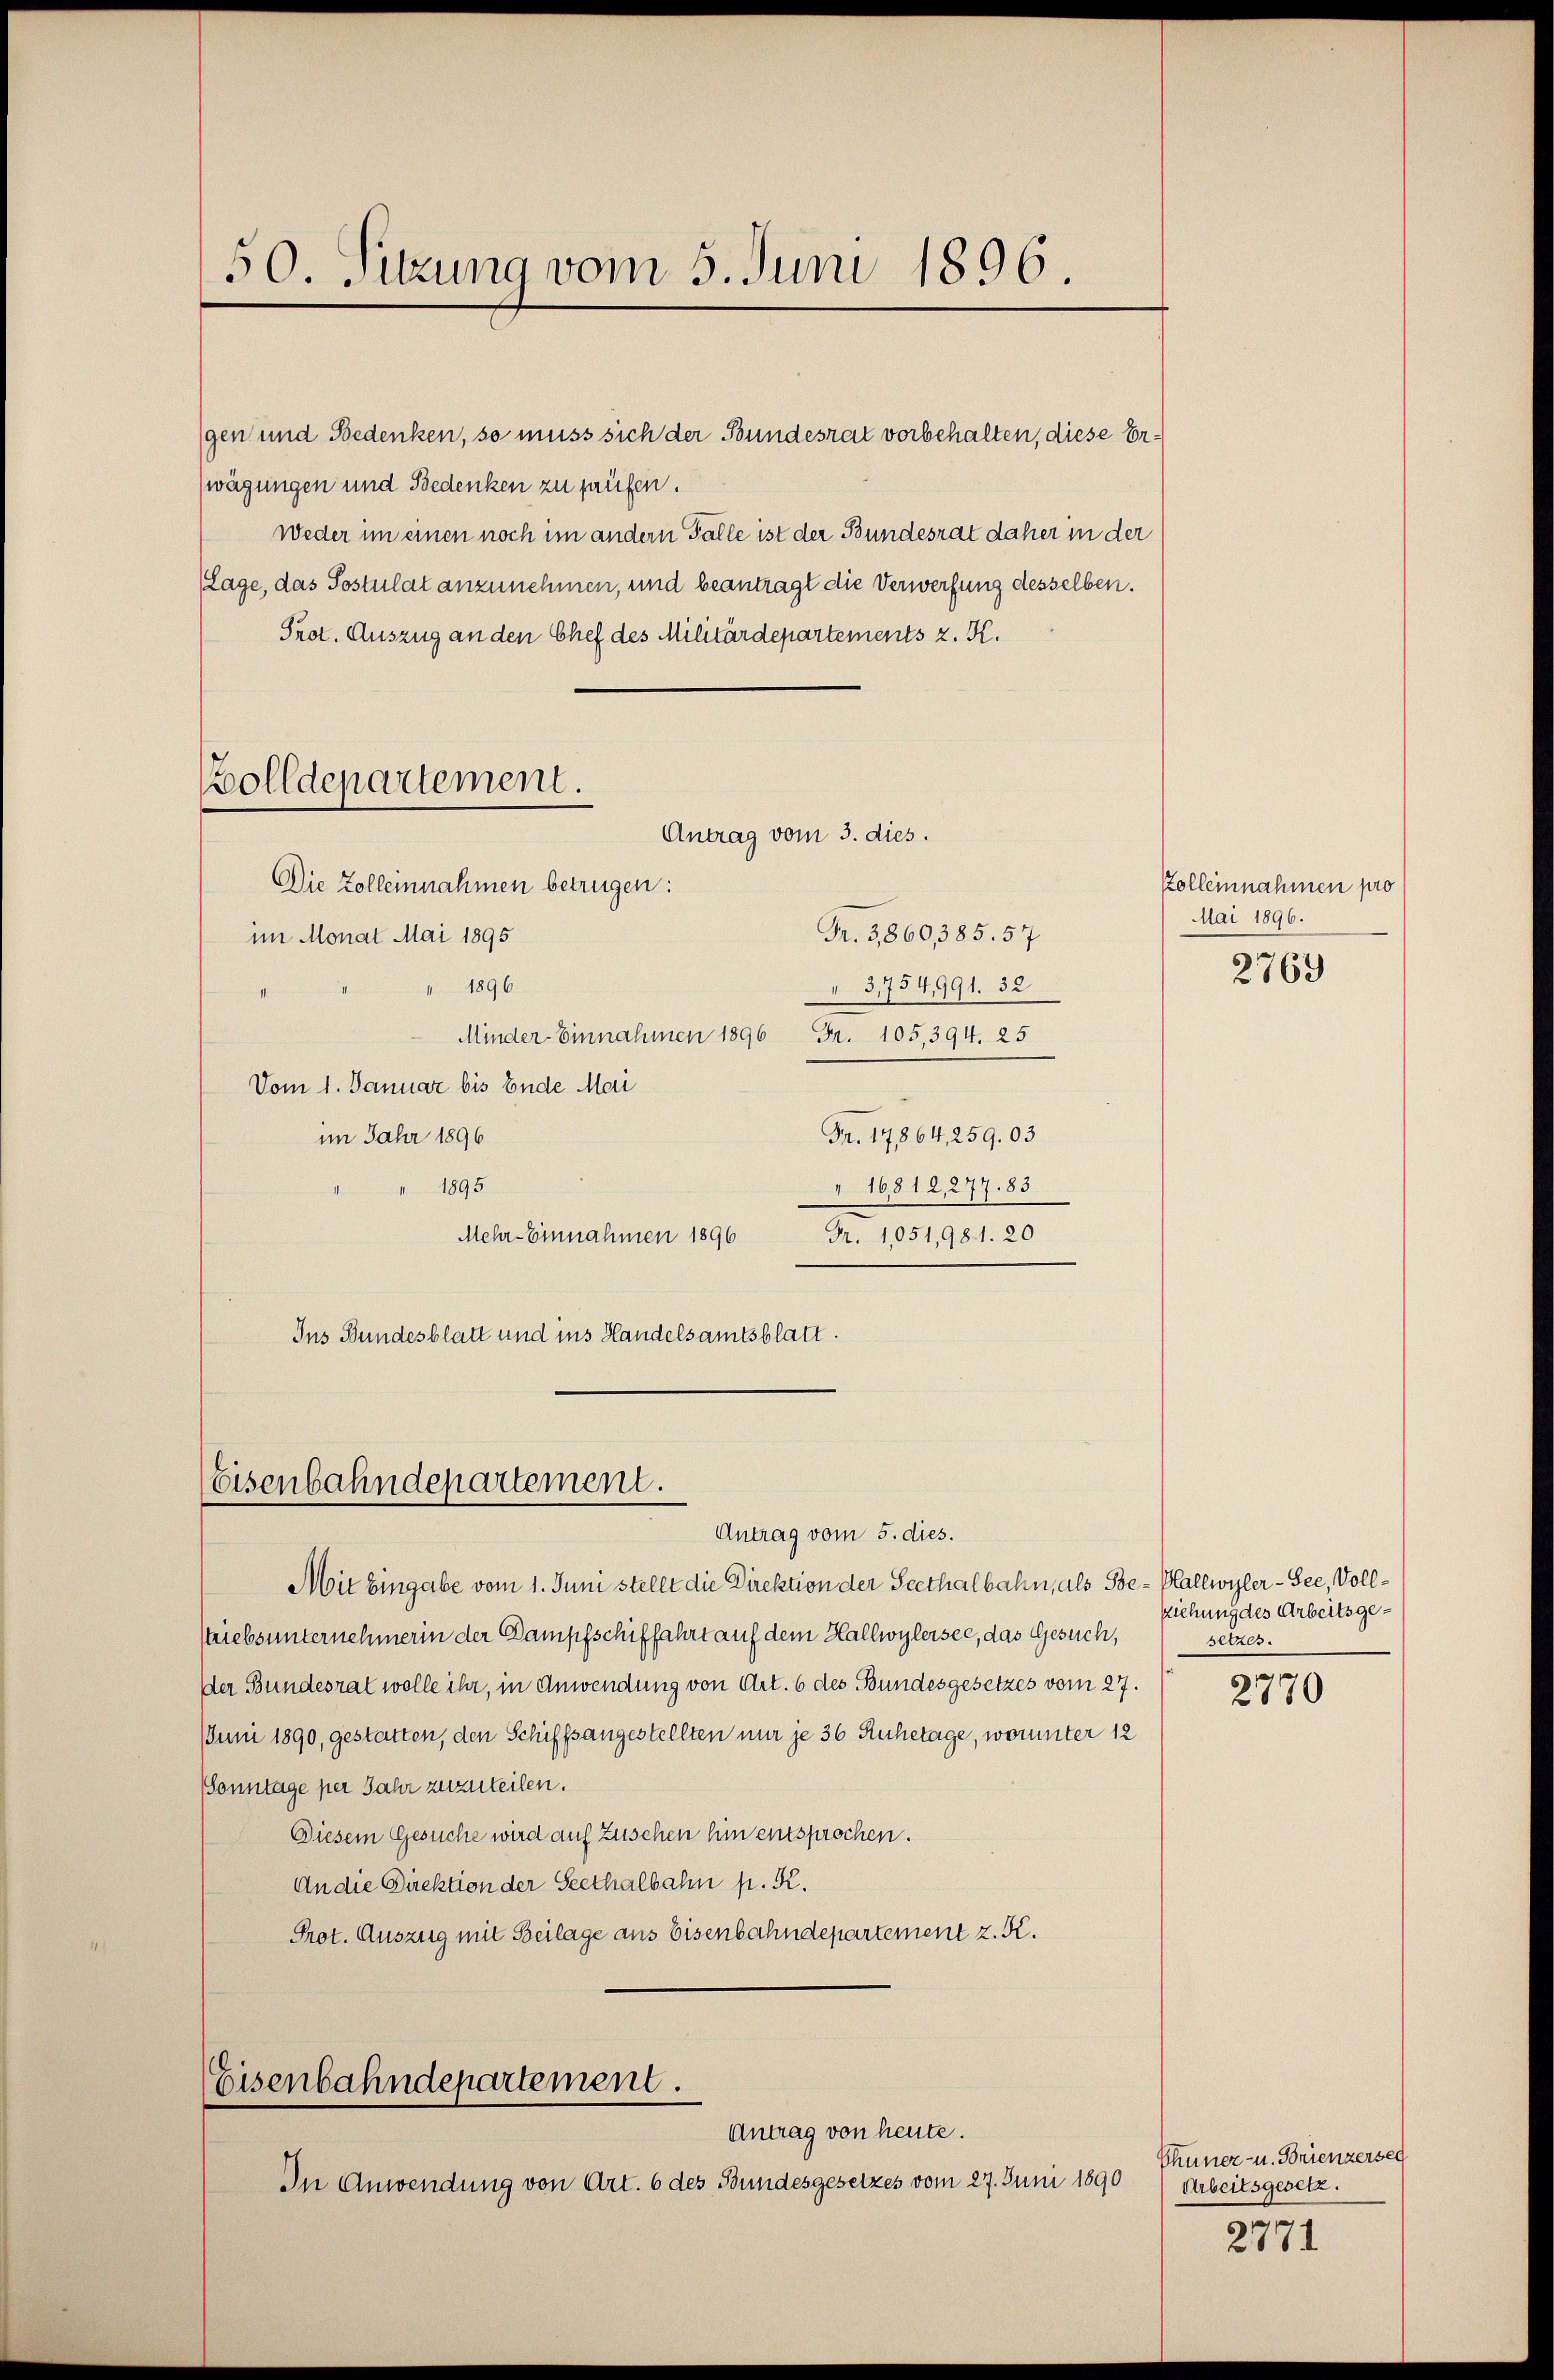
50. Sitzung vom 5. Juni 1896.

gen und Bedenken, so muss sich der Bundesrat vorbehalten, diese Erwägungen und Bedenken zu haufen.
weder im einen noch im andern Fälle ist der Bundesrat daher in der
(Lage, das Sostulat anzunehmen, und beantragt die Verwerfung desselben.
Prot. Auszug an den Chef des Militärdepartements z. K.
Antrag vom 3. dies.
Die Zolleinnahmen betrügen:
Fr. 5860,385. 57
im Monat Mai 1895
 1896
3,734991. 32
Minder-Einnahmen 1896 Fr. 105,394. 25
Vom 1. Januar bis Ende Mai
Fr. 17864, 259. 03
im Jahr 1896
1895
16812, 277. 83
Mehr-Einnahmen 1896
Fr. 1051,981. 20
Ins Bundesblatt und ins Handelsamtsblatt.

Bolldepartement.

Eisenbahndepartement.

Antrag vom 5. dies.
Mit Eingabe vom 1. Juni stellt die Direktion der Seethalbahn, als Be- Pallwyler-See, Vollstriebsunternehmerin der Gampfschiffahrt auf dem Hallwylersee, das Gesuch,
der Bundesrat wolle ihr, in Anwendung von Art. 6 des Bundesgesetzes vom 27.
JJuni 1890, gestatten, den Schiffsangestellten nur je 36 Ruhetage, worunter 12
Sonntage per Jahr zuzuteilen.
Diesem Gesuche wird auf Zuschen hin entsprochen.
An die Direktion der Seethalbahn p. K.
Prot. Auszug mit Beilage aus Eisenbahndepartement z. K.

Eisenbahndepartement.
Antrag von heute.

In Anwendung von Art. 6 des Bundesgesetzes vom 27. Juni 1890

Zolleinnahmen pro
Mai 1896.

2769

ziehung des Arbeitsgesetzes.

2770

Thuner- u. Brienzersel
Arbeitsgesetz.
2771